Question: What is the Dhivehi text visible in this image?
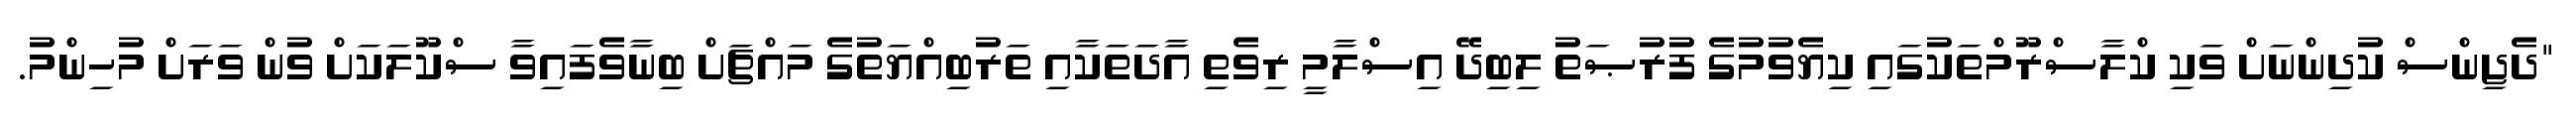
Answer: "ދެޖިންސް ކުދިންނަށް ވަކި ކްލާސްރޫމްތަކުގައި ކިޔެވުމުގެ ފުރުޞަތު ލިބިދޭ އިސްލާމީ ރިވެތި އާދަތަކާއި ތަރުބިއްޔަތުގެ މައްޗަށް ބިނާވެފައިވާ ސްކޫލަކަށް ވުން ވަރަށް މުހިންމު.